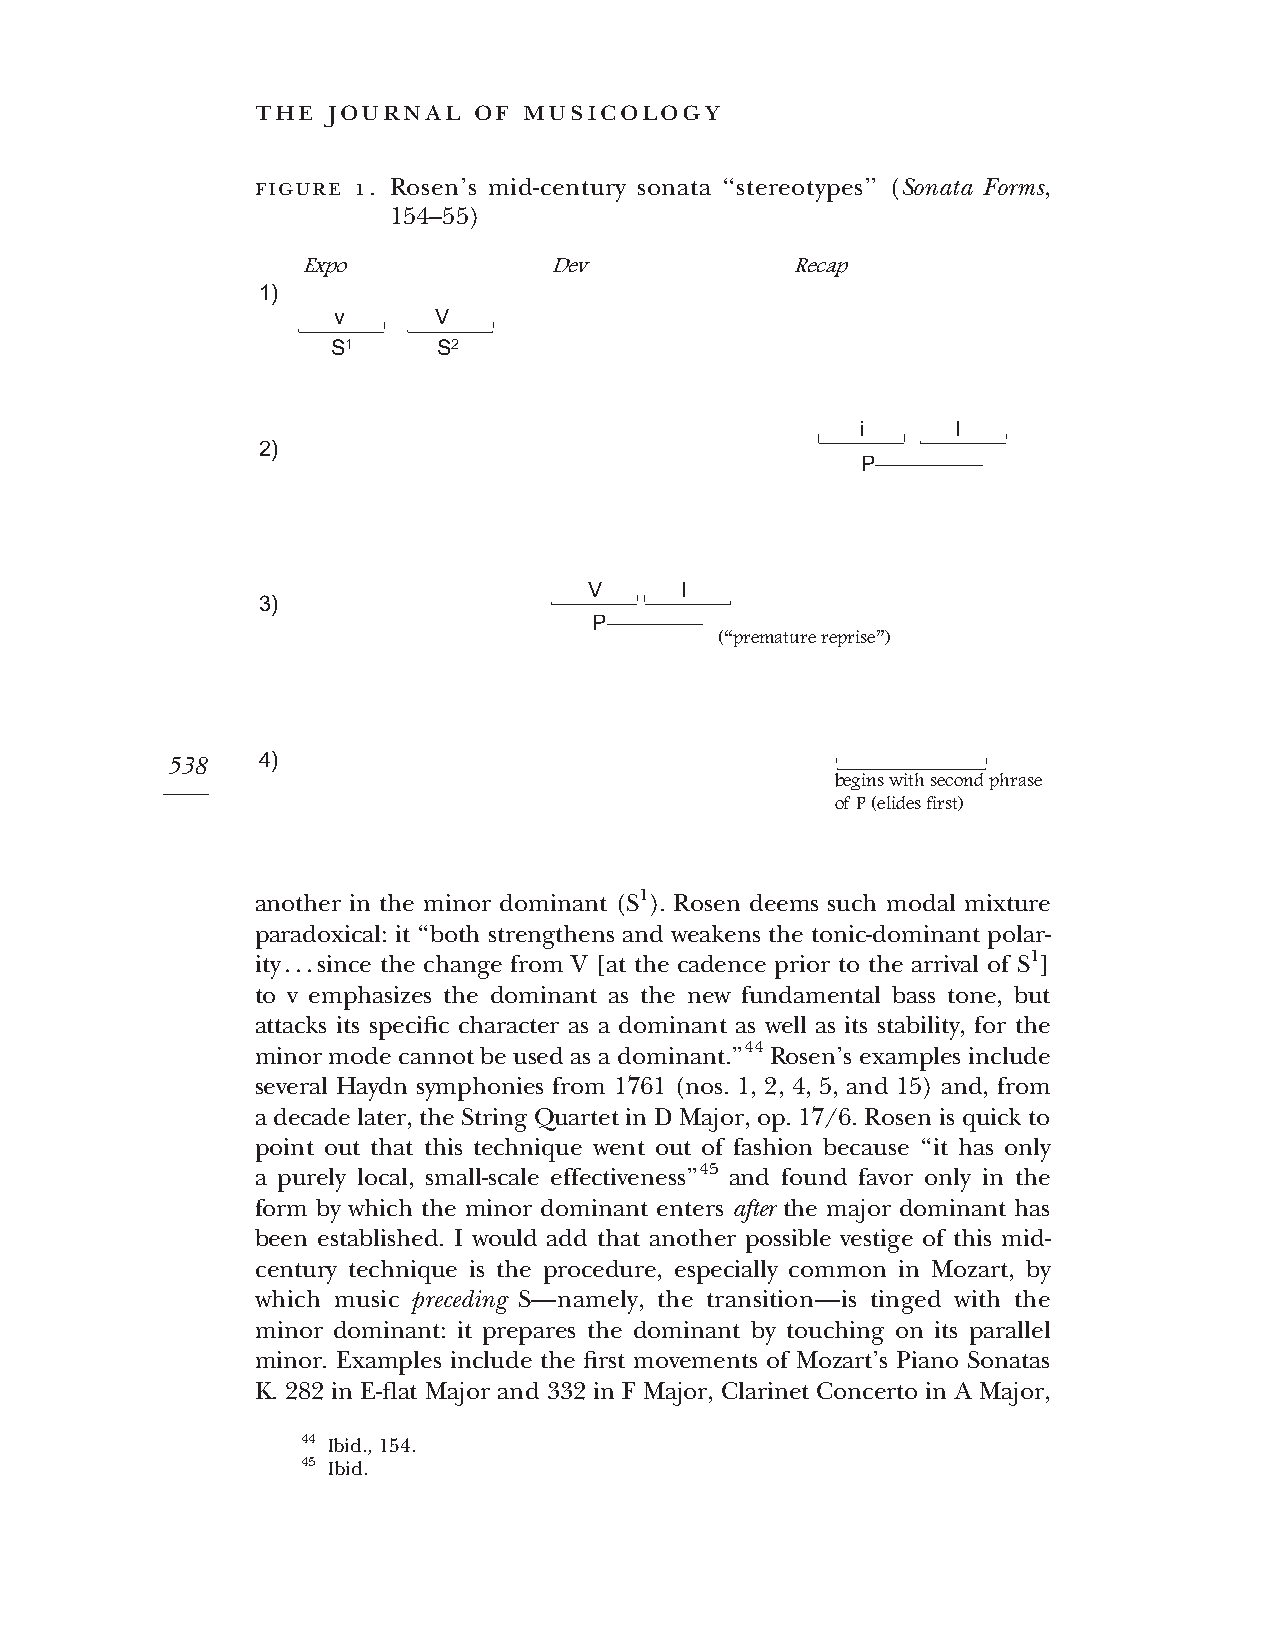
the  journal  of  musicology
 figure 1. Rosen’s mid-century sonata ‘‘stereotypes’’ (Sonata Forms,
 154–55)
 Expo            Dev             Recap
 1)
 v      V
 S1     S2
 i     I
 2)
 P–––––––––
 V     I
 3)
 P––––––––
 (“premature reprise”)
 538   4)
 begins with second phrase
 of P (elides first)
 another in the minor dominant (S1). Rosen deems such modal mixture
 paradoxical: it ‘‘both strengthens and weakens the tonic-dominant polar-
 ity...since the change from V [at the cadence prior to the arrival of S1]
 to v emphasizes the dominant as the new fundamental bass tone, but
 attacks its specific character as a dominant as well as its stability, for the
 minor mode cannot be used as a dominant.’’44 Rosen’s examples include
 several Haydn symphonies from 1761 (nos. 1, 2, 4, 5, and 15) and, from
 a decade later, the String Quartet in D Major, op. 17/6. Rosen is quick to
 point out that this technique went out of fashion because ‘‘it has only
 a purely local, small-scale effectiveness’’45 and found favor only in the
 form by which the minor dominant enters after the major dominant has
 been established. I would add that another possible vestige of this mid-
 century technique is the procedure, especially common in Mozart, by
 which music preceding S—namely, the transition—is tinged with the
 minor dominant: it prepares the dominant by touching on its parallel
 minor. Examples include the first movements of Mozart’s Piano Sonatas
 K. 282 in E-flat Major and 332 in F Major, Clarinet Concerto in A Major,
 44 Ibid.,154.
 45 Ibid.